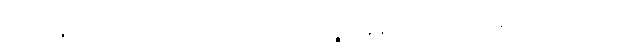
ကိလန္တောသ္မိ ဝိသာရဒေါ ပရိညေယျဂ္ဂဟဏဉ္စေဝ နိန္ဒာဗျာရောသဥပါရမ္ဘာဒိ ဥက္ခိပိတွာပိ